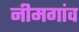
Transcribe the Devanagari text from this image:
नीमगांव